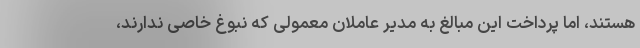
هستند، اما پرداخت این مبالغ به مدیر عاملان معمولی که نبوغ خاصی ندارند،